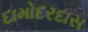
દામોદરદાસ